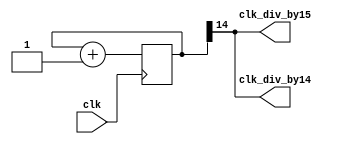
`timescale 1ns / 1ps
//////////////////////////////////////////////////////////////////////////////////
// Company: 
// Engineer: 
// 
// Design Name: 
// Module Name:    clock_divider 
// Project Name: 
// Target Devices: 
// Tool versions: 
// Description: 
//
// Dependencies: 
//
// Revision: 
// Revision 0.01 - File Created
// Additional Comments: 
//
//////////////////////////////////////////////////////////////////////////////////
module clock_divider(clk_div_by14,clk_div_by15, clk);
input clk;
output clk_div_by14,clk_div_by15;

reg [14:0] num;
wire [14:0] next_num;

always@(posedge clk)
 begin
  num <= next_num;
 end
assign next_num = num +1'b1;
assign clk_div_by14 = num[14];
assign clk_div_by15 = num[14];

endmodule